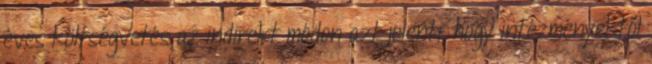
éves költségvetés az indirekt módon azt jelenti, hogy intézményektől